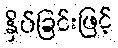
နှိပ်ခြင်းဖြင့်